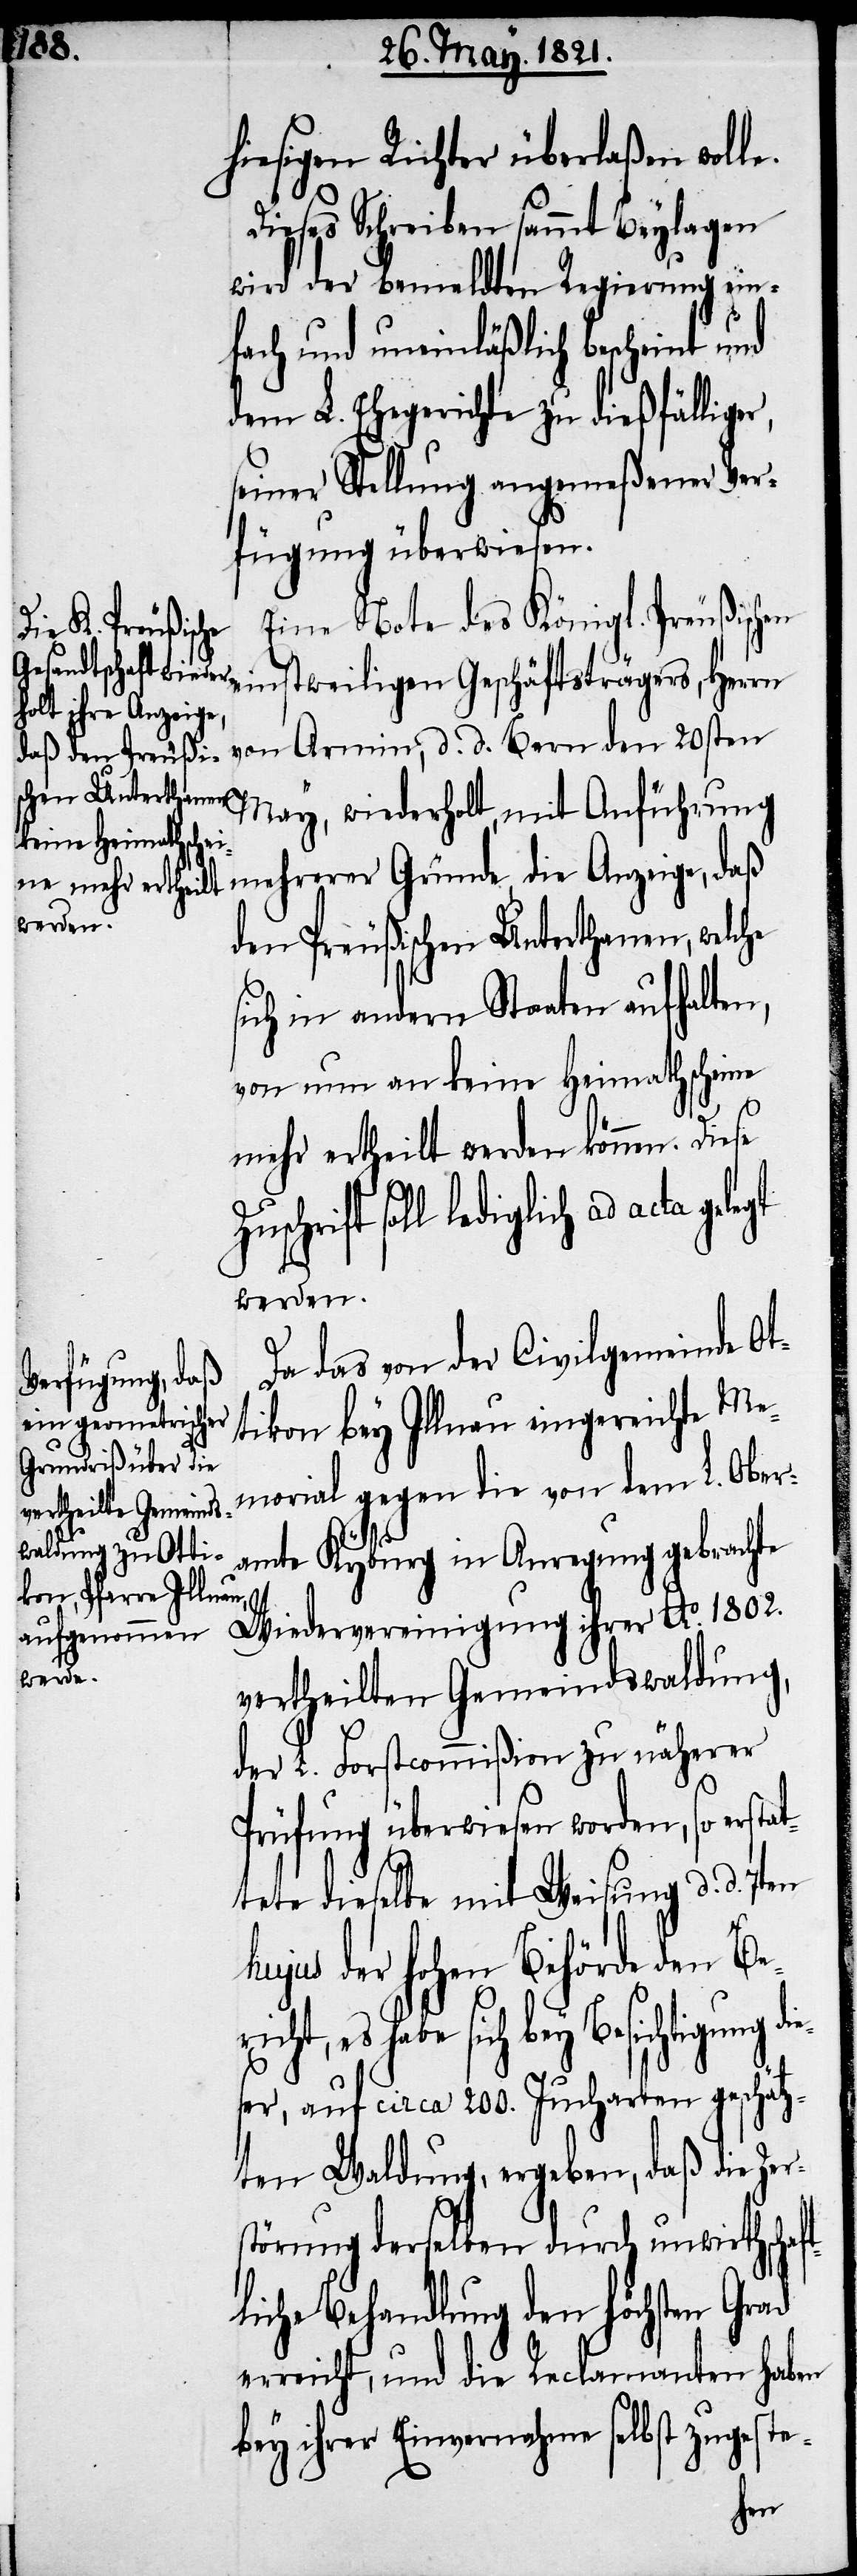
hiesigen Richter überlaßen wol¬
Dieses Schreiben sammt Beylagen
wird der bemeldten Regierung ein¬
fach und uneinläßlich bescheint und
dem L. Ehegerichte zu dießfälliger,
seiner Stellung angemeßenen Ver¬
fügung überwiesen.
Eine Note des Königl. Preußischen
einstweiligen Geschäftsträgers, Herrn
von Armin, d. d. Bern den 20sten
May, wiederholt, mit Anführung
den Preußischen Unterthanen, welche
sich in andern Staaten aufhalten,
von nun an keine Heimathscheine
mehr ertheilt werden können. Diese
soll lediglich ad acta gelegt
werden.
Da das von der Civilgemeinde Ot¬
tikon bey Illnau eingereichte Me¬
morial gegen die von dem L. Ober¬
amte Kyburg in Anregung gebrachte
Wiedervereinigung ihrer Ao. 1802.
vertheilten Gemeindswaldung,
der L. Forstcommißion zu näherer
Prüfung überwiesen worden, so erst¬
tete dieselbe mit Weisung d. d.
hujus der hohen Behörde den Ber¬
ich bey Besichtigung dies¬
er, auf circa 200. Jucharten geschätz¬
ten Waldung, ergeben, daß die
störung derselben durch unwirthschaf¬
tliche Behandlung den höchsten Grad
erreicht, und die Reclamanten haben
bey ihrer Einvernahme zugeste-
Zer¬